system: You are a helpful assistant.
user:
Analyze the provided spectrum to determine if it is a **M-type Giant (gM)**.

A M-type Giant spectrum is defined by its **strong molecular absorption** features, particularly from **Titanium Oxide (TiO)**. You must check for one of the following mutually exclusive signatures:

- **Key Visual Indicators (Absorption-Dominated Spectrum):**

    - **(Primary):** The spectrum is dominated by strong molecular absorption from **Titanium Oxide (TiO)**. This is the **defining feature** of its M-type temperature class.
        - **(Key Bandheads):** Look for sharp, "saw-tooth" absorption valleys. The strongest are located near **~7050 Å**, **~6160 Å**, and **~5170 Å**.
        - **(Line Profile):** The "saw-tooth" morphology is critical: a **sharp, steep drop on the BLUE (short-wavelength) side** of the bandhead, followed by a gradual recovery (rising flux) towards the RED (long-wavelength) side.

    - **(Key Confirmation - Giant vs. Dwarf):** **ABSENCE** of strong **Calcium Hydride (CaH)** molecular bands. This is the primary diagnostic for *excluding* M-dwarfs.
        - **(Key Region):** The spectrum should lack the strong, broad absorption band seen in dwarfs between **~6800 Å and ~7000 Å**.

    - **(Secondary Confirmation - Giant):** A very strong and broad **Neutral Calcium (Ca I)** atomic absorption line.
        - **(Key Line):** Located at **~4226 Å**. In a giant (gM), this line is significantly deeper and broader than the same line in an M-dwarf (dM) due to low surface gravity.

    - **(Overall Spectrum):**
        - The continuum is **extremely red-sloping** (i.e., flux is very low in the blue and rises dramatically towards the red).
        - The entire spectrum appears "chopped up" by the deep TiO bands.

Think first, call **spectral_visualization_tool** if needed to examine features in detail, then provide your final answer. Your response must adhere to the following strict rules:
1.  **Overall Structure:** Your response must follow the format `<think>...</think> <tool_call>...</tool_call> (if a tool is used) <answer>...</answer>`.
2.  **Tool Usage Constraint:** You may only make **one** tool call per turn.
3.  **Final Answer Format:** In the `<answer>` tag, your conclusion must be inside a `\boxed{}` command (e.g., `\boxed{YES}` or `\boxed{NO}`), followed by your justification.

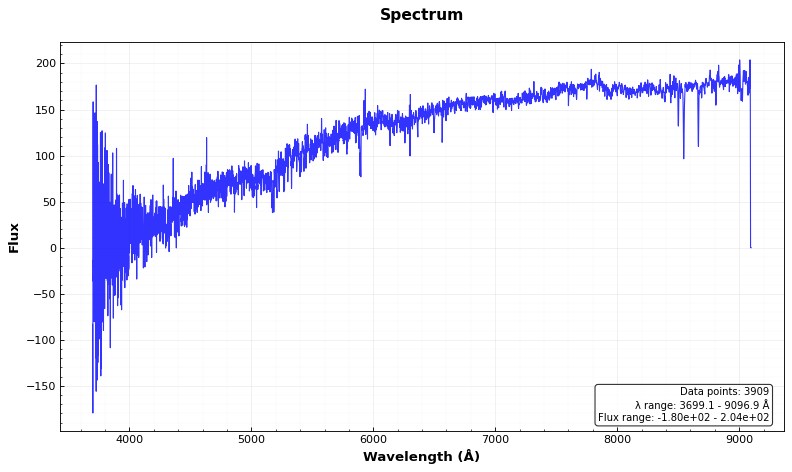
Answer: NO